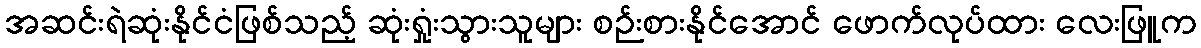
အဆင်းရဲဆုံးနိုင်ငံဖြစ်သည့် ဆုံးရှုံးသွားသူများ စဉ်းစားနိုင်အောင် ဖောက်လုပ်ထား လေးဖြူက